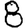
Digit: 8